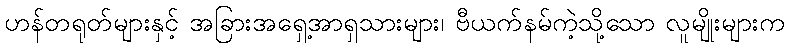
ဟန်တရုတ်များနှင့် အခြားအရှေ့အာရှသားများ၊ ဗီယက်နမ်ကဲ့သို့သော လူမျိုးများက